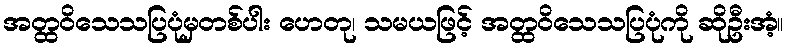
အတ္ထဝိသေသပြပုံမှတစ်ပါး ဟေတု၊ သမယဖြင့် အတ္ထဝိသေသပြပုံကို ဆိုဦးအံ့။